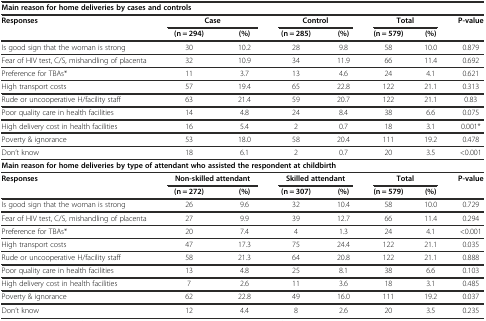
<table><thead><tr><td colspan="8"><b>Main reason for home deliveries by cases and controls</b></td></tr><tr><td rowspan="2"><b>Responses</b></td><td colspan="2"><b>Case</b></td><td colspan="2"><b>Control</b></td><td colspan="2"><b>Total</b></td><td rowspan="2"><b>P-value</b></td></tr><tr><td><b>(n = 294)</b></td><td><b>(%)</b></td><td><b>(n = 285)</b></td><td><b>(%)</b></td><td><b>(n = 579)</b></td><td><b>(%)</b></td></tr></thead><tbody><tr><td>Is good sign that the woman is strong</td><td>30</td><td>10.2</td><td>28</td><td>9.8</td><td>58</td><td>10.0</td><td>0.879</td></tr><tr><td>Fear of HIV test, C/S, mishandling of placenta</td><td>32</td><td>10.9</td><td>34</td><td>11.9</td><td>66</td><td>11.4</td><td>0.692</td></tr><tr><td>Preference for TBAs*</td><td>11</td><td>3.7</td><td>13</td><td>4.6</td><td>24</td><td>4.1</td><td>0.621</td></tr><tr><td>High transport costs</td><td>57</td><td>19.4</td><td>65</td><td>22.8</td><td>122</td><td>21.1</td><td>0.313</td></tr><tr><td>Rude or uncooperative H/facility staff</td><td>63</td><td>21.4</td><td>59</td><td>20.7</td><td>122</td><td>21.1</td><td>0.83</td></tr><tr><td>Poor quality care in health facilities</td><td>14</td><td>4.8</td><td>24</td><td>8.4</td><td>38</td><td>6.6</td><td>0.075</td></tr><tr><td>High delivery cost in health facilities</td><td>16</td><td>5.4</td><td>2</td><td>0.7</td><td>18</td><td>3.1</td><td>0.001*</td></tr><tr><td>Poverty &amp; ignorance</td><td>53</td><td>18.0</td><td>58</td><td>20.4</td><td>111</td><td>19.2</td><td>0.478</td></tr><tr><td>Don’t know</td><td>18</td><td>6.1</td><td>2</td><td>0.7</td><td>20</td><td>3.5</td><td>&lt;0.001</td></tr><tr><td colspan="8"><b>Main reason for home deliveries by type of attendant who assisted the respondent at childbirth</b></td></tr><tr><td rowspan="2"><b>Responses</b></td><td colspan="2"><b>Non-skilled attendant</b></td><td colspan="2"><b>Skilled attendant</b></td><td colspan="2"><b>Total</b></td><td rowspan="2"><b>P-value</b></td></tr><tr><td><b>(n = 272)</b></td><td><b>(%)</b></td><td><b>(n = 307)</b></td><td><b>(%)</b></td><td><b>(n = 579)</b></td><td><b>(%)</b></td></tr><tr><td>Is good sign that the woman is strong</td><td>26</td><td>9.6</td><td>32</td><td>10.4</td><td>58</td><td>10.0</td><td>0.729</td></tr><tr><td>Fear of HIV test, C/S, mishandling of placenta</td><td>27</td><td>9.9</td><td>39</td><td>12.7</td><td>66</td><td>11.4</td><td>0.294</td></tr><tr><td>Preference for TBAs*</td><td>20</td><td>7.4</td><td>4</td><td>1.3</td><td>24</td><td>4.1</td><td>&lt;0.001</td></tr><tr><td>High transport costs</td><td>47</td><td>17.3</td><td>75</td><td>24.4</td><td>122</td><td>21.1</td><td>0.035</td></tr><tr><td>Rude or uncooperative H/facility staff</td><td>58</td><td>21.3</td><td>64</td><td>20.8</td><td>122</td><td>21.1</td><td>0.888</td></tr><tr><td>Poor quality care in health facilities</td><td>13</td><td>4.8</td><td>25</td><td>8.1</td><td>38</td><td>6.6</td><td>0.103</td></tr><tr><td>High delivery cost in health facilities</td><td>7</td><td>2.6</td><td>11</td><td>3.6</td><td>18</td><td>3.1</td><td>0.485</td></tr><tr><td>Poverty &amp; ignorance</td><td>62</td><td>22.8</td><td>49</td><td>16.0</td><td>111</td><td>19.2</td><td>0.037</td></tr><tr><td>Don’t know</td><td>12</td><td>4.4</td><td>8</td><td>2.6</td><td>20</td><td>3.5</td><td>0.235</td></tr></tbody></table>